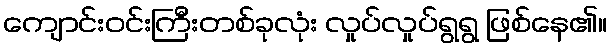
ကျောင်းဝင်းကြီးတစ်ခုလုံး လှုပ်လှုပ်ရွရွ ဖြစ်နေ၏။